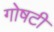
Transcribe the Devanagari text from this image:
गोषटी